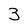
Character: 3